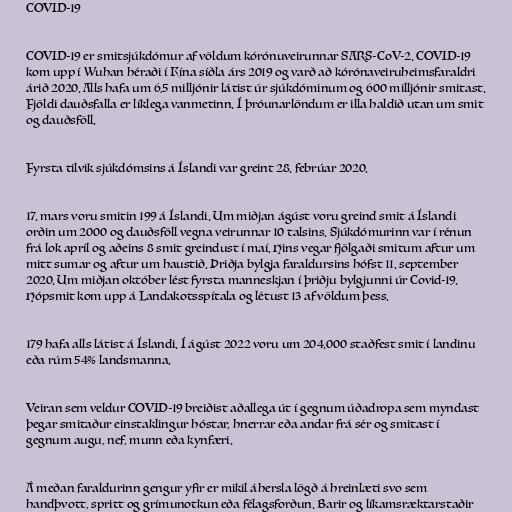
COVID-19

COVID-19 er smitsjúkdómur af völdum kórónuveirunnar SARS-CoV-2. COVID-19
kom upp í Wuhan héraði í Kína síðla árs 2019 og varð að kórónaveiruheimsfaraldri
árið 2020. Alls hafa um 6,5 milljónir látist úr sjúkdóminum og 600 milljónir smitast.
Fjöldi dauðsfalla er líklega vanmetinn. Í þróunarlöndum er illa haldið utan um smit
og dauðsföll.

Fyrsta tilvik sjúkdómsins á Íslandi var greint 28. febrúar 2020.

17. mars voru smitin 199 á Íslandi. Um miðjan ágúst voru greind smit á Íslandi
orðin um 2000 og dauðsföll vegna veirunnar 10 talsins. Sjúkdómurinn var í rénun
frá lok apríl og aðeins 8 smit greindust í maí. Hins vegar fjölgaði smitum aftur um
mitt sumar og aftur um haustið. Þriðja bylgja faraldursins hófst 11. september
2020. Um miðjan október lést fyrsta manneskjan í þriðju bylgjunni úr Covid-19.
Hópsmit kom upp á Landakotsspítala og létust 13 af völdum þess.

179 hafa alls látist á Íslandi. Í ágúst 2022 voru um 204.000 staðfest smit í landinu
eða rúm 54% landsmanna.

Veiran sem veldur COVID-19 breiðist aðallega út í gegnum úðadropa sem myndast
þegar smitaður einstaklingur hóstar, hnerrar eða andar frá sér og smitast í
gegnum augu, nef, munn eða kynfæri.

Á meðan faraldurinn gengur yfir er mikil áhersla lögð á hreinlæti svo sem
handþvott, spritt og grímunotkun eða félagsforðun. Barir og líkamsræktarstaðir